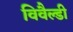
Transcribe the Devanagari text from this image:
विवैल्डी